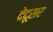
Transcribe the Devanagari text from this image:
देदूसर